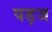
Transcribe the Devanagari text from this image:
षड़ज